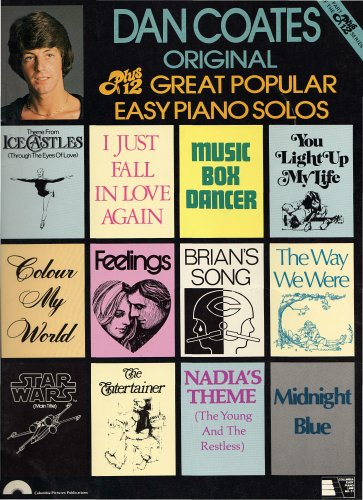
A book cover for Dan Coates Original Plus 12 Great Popular Easy Piano Solos; Frank Mills, Carole Bayer Sager, Marvin Hamlisch, Gloria Sklerov, Harry Lloyd, Stephen H. Dorff, Larry Herbstritt, Joe Brooks, Melissa Mancherster Dan Coates; Crafts, Hobbies & Home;